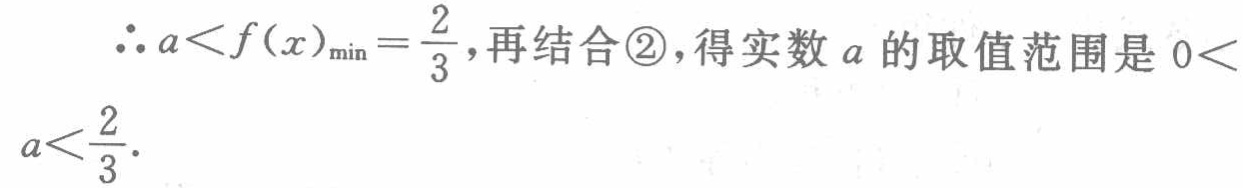
\(\therefore a<f(x)_{\min}=\frac{2}{3}\)，再结合\textcircled{2}，得实数\(a\)的取值范围是\(0< a<\frac{2}{3}\).